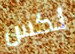
لكس